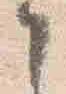
云